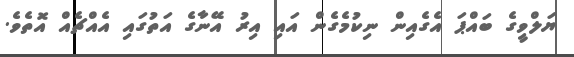
ޔަލްވީގެ ބައްޕަ އެގެއިން ނިކުމެގެން އައި އިރު އޭނާގެ އަތުގައި އެއްޗެއް އޮތެވެ.